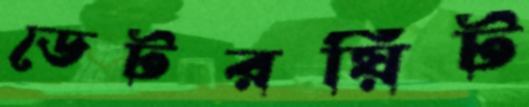
ডেটরয়িট